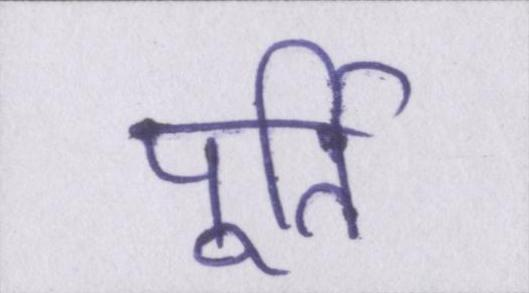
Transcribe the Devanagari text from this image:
पूर्ति